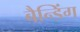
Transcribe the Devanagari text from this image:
बैन्डिंग